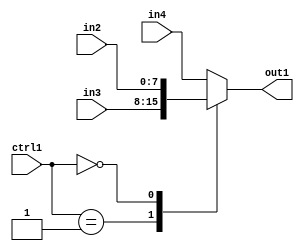
`timescale 1ps / 1ps
/*****************************************************************************
    Verilog RTL Description
    
    
    Created by: Stratus DpOpt 2019.1.01 
*******************************************************************************/

module GauFilter_N_Mux_8_3_2_1 (
	in4,
	in3,
	in2,
	ctrl1,
	out1
	); /* architecture "behavioural" */ 
input [7:0] in4,
	in3,
	in2;
input [1:0] ctrl1;
output [7:0] out1;
wire [7:0] asc001;

reg [7:0] asc001_tmp_0;
assign asc001 = asc001_tmp_0;
always @ (ctrl1 or in3 or in2 or in4) begin
	casez (ctrl1)
		2'B01 : asc001_tmp_0 = in3 ;
		2'B00 : asc001_tmp_0 = in2 ;
		default : asc001_tmp_0 = in4 ;
	endcase
end

assign out1 = asc001;
endmodule

/* CADENCE  v7D3QwA= : u9/ySgnWtBlWxVPRXgAZ4Og= ** DO NOT EDIT THIS LINE ******/